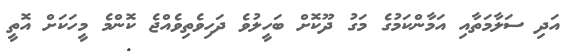
އަދި ސަލާމަތާއި އަމާންކަމުގެ މަގު ދޫކޮށް ބަހީލުވެ ދަހިވެތިވެއްޖެ ކޮންމެ މީހަކަށް އޮތީ